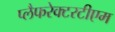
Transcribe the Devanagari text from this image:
प्लैफरेक्टरटीएम